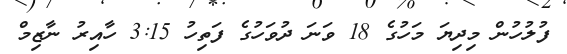
ފުލުހުން މިދިޔަ މަހުގެ 18 ވަނަ ދުވަހުގެ ފަތިހު 3:15 ހާއިރު ނާޒިމް